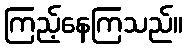
ကြည့်နေကြသည်။